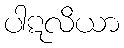
ပါဋလိယာ